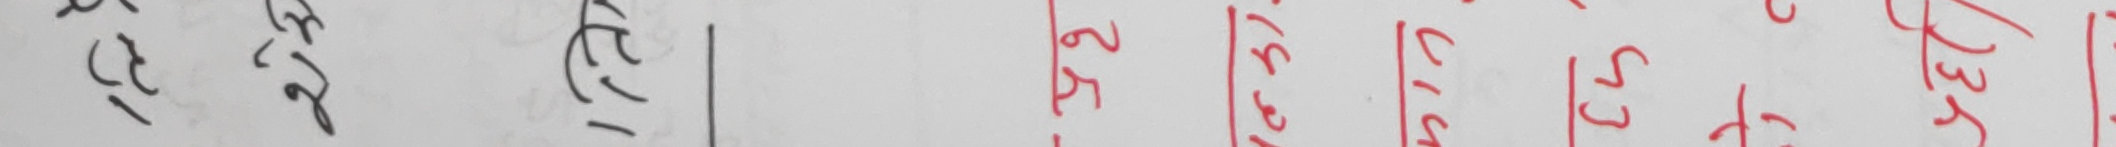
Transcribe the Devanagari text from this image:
हेरे ।